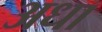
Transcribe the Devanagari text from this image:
अधा